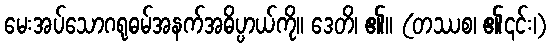
မေးအပ်သောဂရုဓမ်အနက်အဓိပ္ပာယ်ကို။ ဒေတိ၊ ၏။ (တဿစ၊ ၏၎င်း၊)